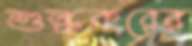
শুল্ককরের